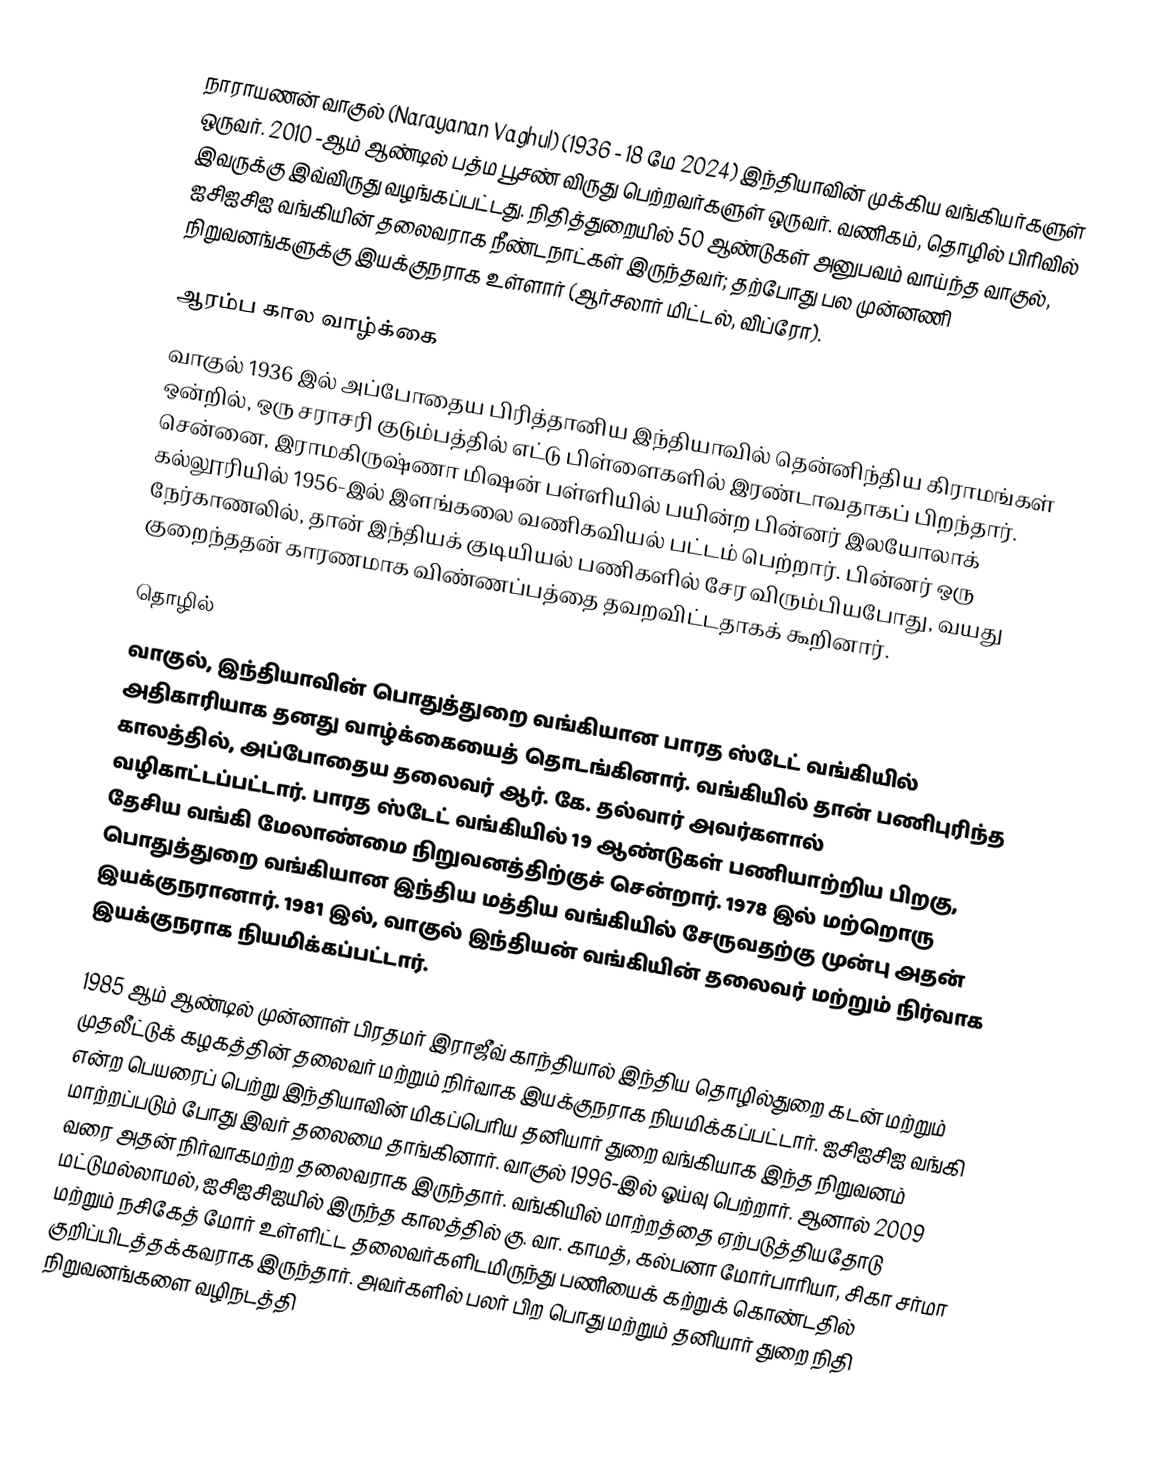
நாராயணன் வாகுல் (Narayanan Vaghul) (1936 - 18 மே 2024) இந்தியாவின் முக்கிய வங்கியர்களுள் ஒருவர். 2010 -ஆம் ஆண்டில் பத்ம பூசண் விருது பெற்றவர்களுள் ஒருவர். வணிகம், தொழில் பிரிவில் இவருக்கு இவ்விருது வழங்கப்பட்டது. நிதித்துறையில் 50 ஆண்டுகள் அனுபவம் வாய்ந்த வாகுல், ஐசிஐசிஐ வங்கியின் தலைவராக நீண்டநாட்கள் இருந்தவர்; தற்போது பல முன்னணி நிறுவனங்களுக்கு இயக்குநராக உள்ளார் (ஆர்சலார் மிட்டல், விப்ரோ).

ஆரம்ப கால வாழ்க்கை
வாகுல் 1936 இல் அப்போதைய பிரித்தானிய இந்தியாவில் தென்னிந்திய கிராமங்கள் ஒன்றில், ஒரு சராசரி குடும்பத்தில் எட்டு பிள்ளைகளில் இரண்டாவதாகப் பிறந்தார். சென்னை, இராமகிருஷ்ணா மிஷன் பள்ளியில் பயின்ற பின்னர் இலயோலாக் கல்லூரியில் 1956-இல் இளங்கலை வணிகவியல் பட்டம் பெற்றார்.  பின்னர் ஒரு நேர்காணலில், தான் இந்தியக் குடியியல் பணிகளில் சேர விரும்பியபோது, வயது குறைந்ததன் காரணமாக விண்ணப்பத்தை தவறவிட்டதாகக் கூறினார்.

தொழில்
வாகுல், இந்தியாவின் பொதுத்துறை வங்கியான பாரத ஸ்டேட் வங்கியில் அதிகாரியாக தனது வாழ்க்கையைத் தொடங்கினார். வங்கியில் தான் பணிபுரிந்த காலத்தில், அப்போதைய தலைவர் ஆர். கே. தல்வார் அவர்களால் வழிகாட்டப்பட்டார். பாரத ஸ்டேட் வங்கியில் 19 ஆண்டுகள் பணியாற்றிய பிறகு, தேசிய வங்கி மேலாண்மை நிறுவனத்திற்குச் சென்றார். 1978 இல் மற்றொரு பொதுத்துறை வங்கியான இந்திய மத்திய வங்கியில் சேருவதற்கு முன்பு அதன் இயக்குநரானார். 1981 இல், வாகுல் இந்தியன் வங்கியின் தலைவர் மற்றும் நிர்வாக இயக்குநராக நியமிக்கப்பட்டார்.

1985 ஆம் ஆண்டில் முன்னாள் பிரதமர் இராஜீவ் காந்தியால் இந்திய தொழில்துறை கடன் மற்றும் முதலீட்டுக் கழகத்தின் தலைவர் மற்றும் நிர்வாக இயக்குநராக நியமிக்கப்பட்டார். ஐசிஐசிஐ வங்கி என்ற பெயரைப் பெற்று இந்தியாவின் மிகப்பெரிய தனியார் துறை வங்கியாக இந்த நிறுவனம் மாற்றப்படும் போது இவர் தலைமை தாங்கினார். வாகுல் 1996-இல் ஓய்வு பெற்றார். ஆனால் 2009 வரை அதன் நிர்வாகமற்ற தலைவராக இருந்தார். வங்கியில் மாற்றத்தை ஏற்படுத்தியதோடு மட்டுமல்லாமல், ஐசிஐசிஐயில் இருந்த காலத்தில் கு. வா. காமத், கல்பனா மோர்பாரியா, சிகா சர்மா மற்றும் நசிகேத் மோர் உள்ளிட்ட தலைவர்களிடமிருந்து பணியைக் கற்றுக் கொண்டதில் குறிப்பிடத்தக்கவராக இருந்தார். அவர்களில் பலர் பிற பொது மற்றும் தனியார் துறை நிதி நிறுவனங்களை வழிநடத்தி